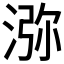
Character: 㳽